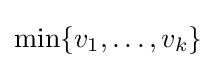
\min\{v_{1},\ldots ,v_{k}\}